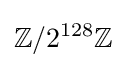
\mathbb {Z} /2^{128}\mathbb {Z}